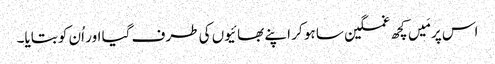
اس پر مَیں کچھ غمگین سا ہو کر اپنے بھائیوں کی طرف گیا اور اُن کو بتایا۔